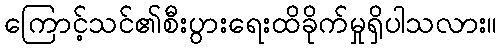
ကြောင့်သင်၏စီးပွားရေးထိခိုက်မှုရှိပါသလား။